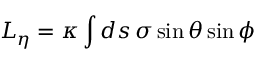
L _ { \eta } = \kappa \int d s \, \sigma \sin \theta \sin \phi